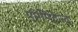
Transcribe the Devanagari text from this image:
एप्रेपिटेन्ट